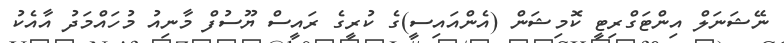
ނޭޝަނަލް އިންޓަގްރިޓީ ކޮމިޝަން (އެންއައިސީ)ގެ ކުރީގެ ރައީސް ޔޫސުފް މާނިއު މުހައްމަދު އާއެކު